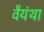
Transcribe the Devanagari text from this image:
वैयंथा